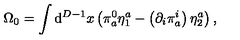
\Omega _ { 0 } = \int \mathrm { d } ^ { D - 1 } x \left( \pi _ { a } ^ { 0 } \eta _ { 1 } ^ { a } - \left( \partial _ { i } \pi _ { a } ^ { i } \right) \eta _ { 2 } ^ { a } \right) ,